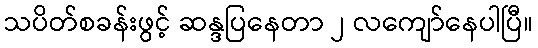
သပိတ်စခန်းဖွင့် ဆန္ဒပြနေတာ ၂ လကျော်နေပါပြီ။